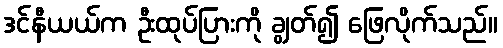
ဒင်နီယယ်က ဦးထုပ်ပြားကို ချွတ်၍ ဖြေလိုက်သည်။